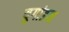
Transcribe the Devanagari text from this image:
युगांडन